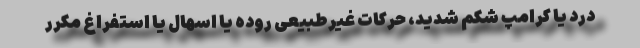
درد یا کرامپ شکم شدید، حرکات غیرطبیعی روده یا اسهال یا استفراغ مکرر